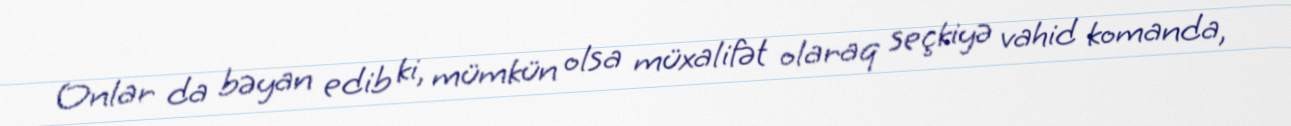
Onlar da bəyan edib ki, mümkün olsa müxalifət olaraq seçkiyə vahid komanda,